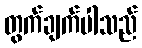
တွက်ချက်ပါသည်